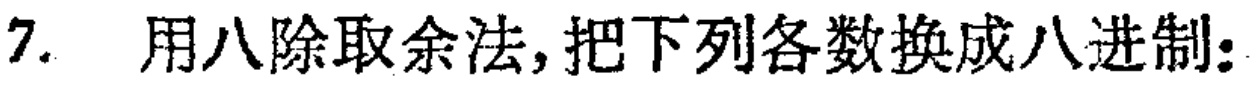
7. 用八除取余法,把下列各数换成八进制: